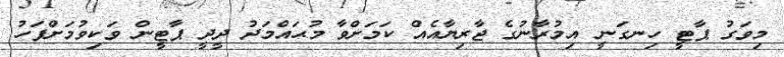
މިވަގު ޕާޓީ ހިނގަނީ އިމުރާނުގެ ޖާރިޔާއެއް ކަމަށްވާ މުޙައްމަދު ދީދީ ޕާޓީން ވަކިވުމަށްފަހު